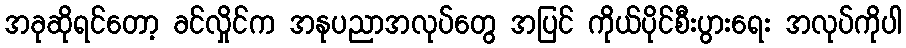
အခုဆိုရင်တော့ ခင်လှိုင်က အနုပညာအလုပ်တွေ အပြင် ကိုယ်ပိုင်စီးပွားရေး အလုပ်ကိုပါ